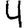
Digit: 4